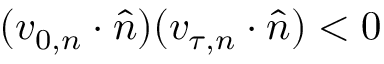
( \boldsymbol { v } _ { 0 , n } \cdot \hat { \boldsymbol { n } } ) ( \boldsymbol { v } _ { \! \; \! \tau , n } \cdot \hat { \boldsymbol { n } } ) < 0